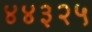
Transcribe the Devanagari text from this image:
४४३२५